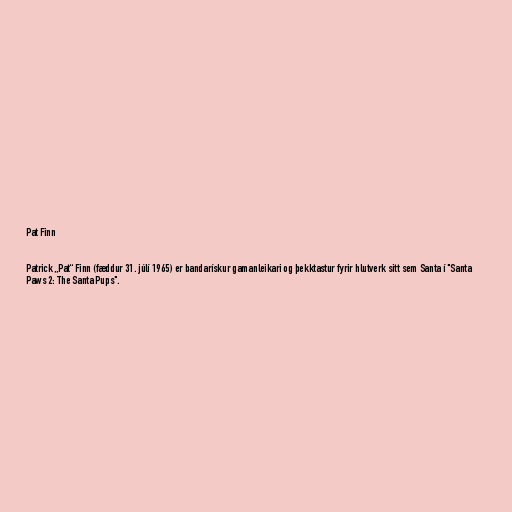
Pat Finn

Patrick „Pat“ Finn (fæddur 31. júlí 1965) er bandarískur gamanleikari og þekktastur fyrir hlutverk sitt sem Santa í "Santa
Paws 2: The Santa Pups".